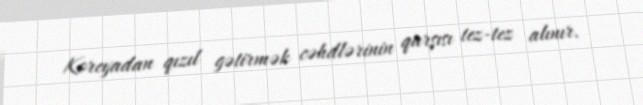
Koreyadan qızıl gətirmək cəhdlərinin qarşısı tez-tez alınır.